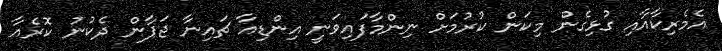
އެމެރިކާއާއި ގުޅިގެން މިކަން ކުރުމަށް ނިންމާފައިވަނީ އިންޑިއާ ޗައިނާ ޖަޕާން ދެކުނު ކޮރެއާ